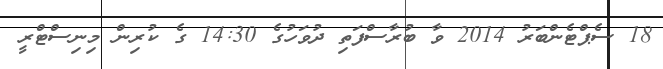
18 ސެޕްޓެންބަރު 2014 ވާ ބުރާސްފަތި ދުވަހުގެ 14:30 ގެ ކުރިން މިނިސްޓްރީ